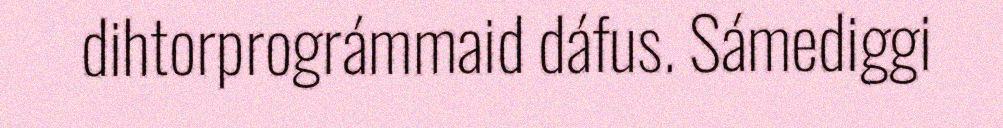
dihtorprográmmaid dáfus. Sámediggi